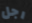
رجل